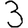
Digit: 3